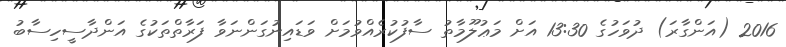
2016 (އަންގާރަ) ދުވަހުގެ 13:30 އަށް މަޢުލޫމާތު ސާފުކުރެއްވުމަށް ވަޑައިނުގަންނަވާ ފަރާތްތަކުގެ އަންދާސީހިސާބު